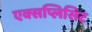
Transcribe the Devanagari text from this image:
एक्सप्लिसिट